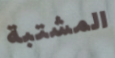
المشتبة